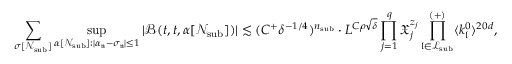
\sum _ { \sigma [ \mathcal N _ { \mathrm { s u b } } ] } \operatorname* { s u p } _ { \alpha [ \mathcal N _ { \mathrm { s u b } } ] : | \alpha _ { \mathfrak n } - \sigma _ { \mathfrak n } | \leq 1 } | \mathcal B ( t , t , \alpha [ \mathcal N _ { \mathrm { s u b } } ] ) | \lesssim ( C ^ { + } \delta ^ { - 1 / 4 } ) ^ { n _ { \mathrm { s u b } } } \cdot L ^ { C \rho \sqrt { \delta } } \prod _ { j = 1 } ^ { q } \mathfrak X _ { j } ^ { z _ { j } } \prod _ { \mathfrak l \in \mathcal L _ { \mathrm { s u b } } } ^ { ( + ) } \langle k _ { \mathfrak l } ^ { 0 } \rangle ^ { 2 0 d } ,